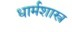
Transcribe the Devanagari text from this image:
धार्मशास्त्र